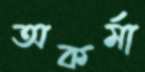
অকর্মা